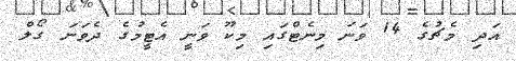
އަދި މެޗުގެ 14 ވަނަ މިނެޓްގައި މިކޫ ވަނީ އެޓީމުގެ ދެވަނަ ގޯލް